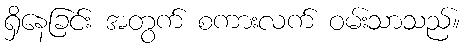
ရှိနေခြင်း အတွက် စကားလက် ဝမ်းသာသည်။